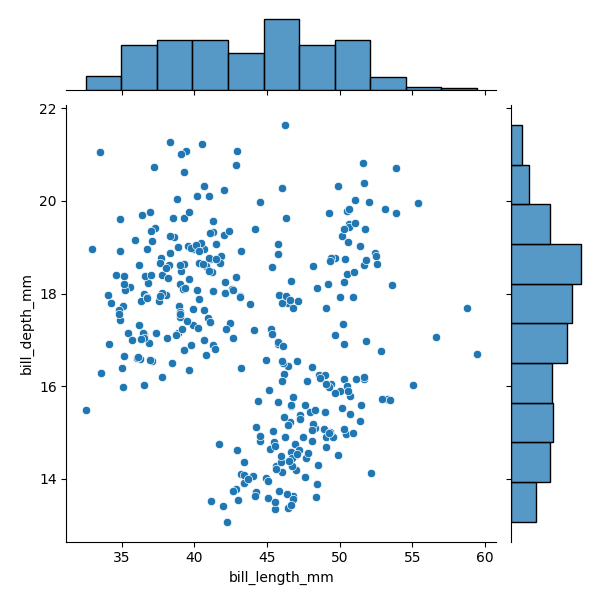
python, seaborn, JointGrid, scatterplot, histplot